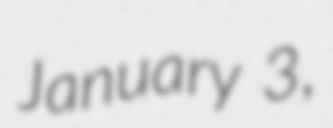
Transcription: January 3,